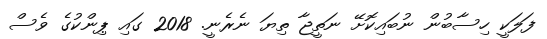
ފަލަކީ ހިސާބުން ނުބައިކޮށޭ ނަތީޖާ ތިޔަ ނެރެނީ. 2018 ގައި ޕިންކުގެ ވެސް